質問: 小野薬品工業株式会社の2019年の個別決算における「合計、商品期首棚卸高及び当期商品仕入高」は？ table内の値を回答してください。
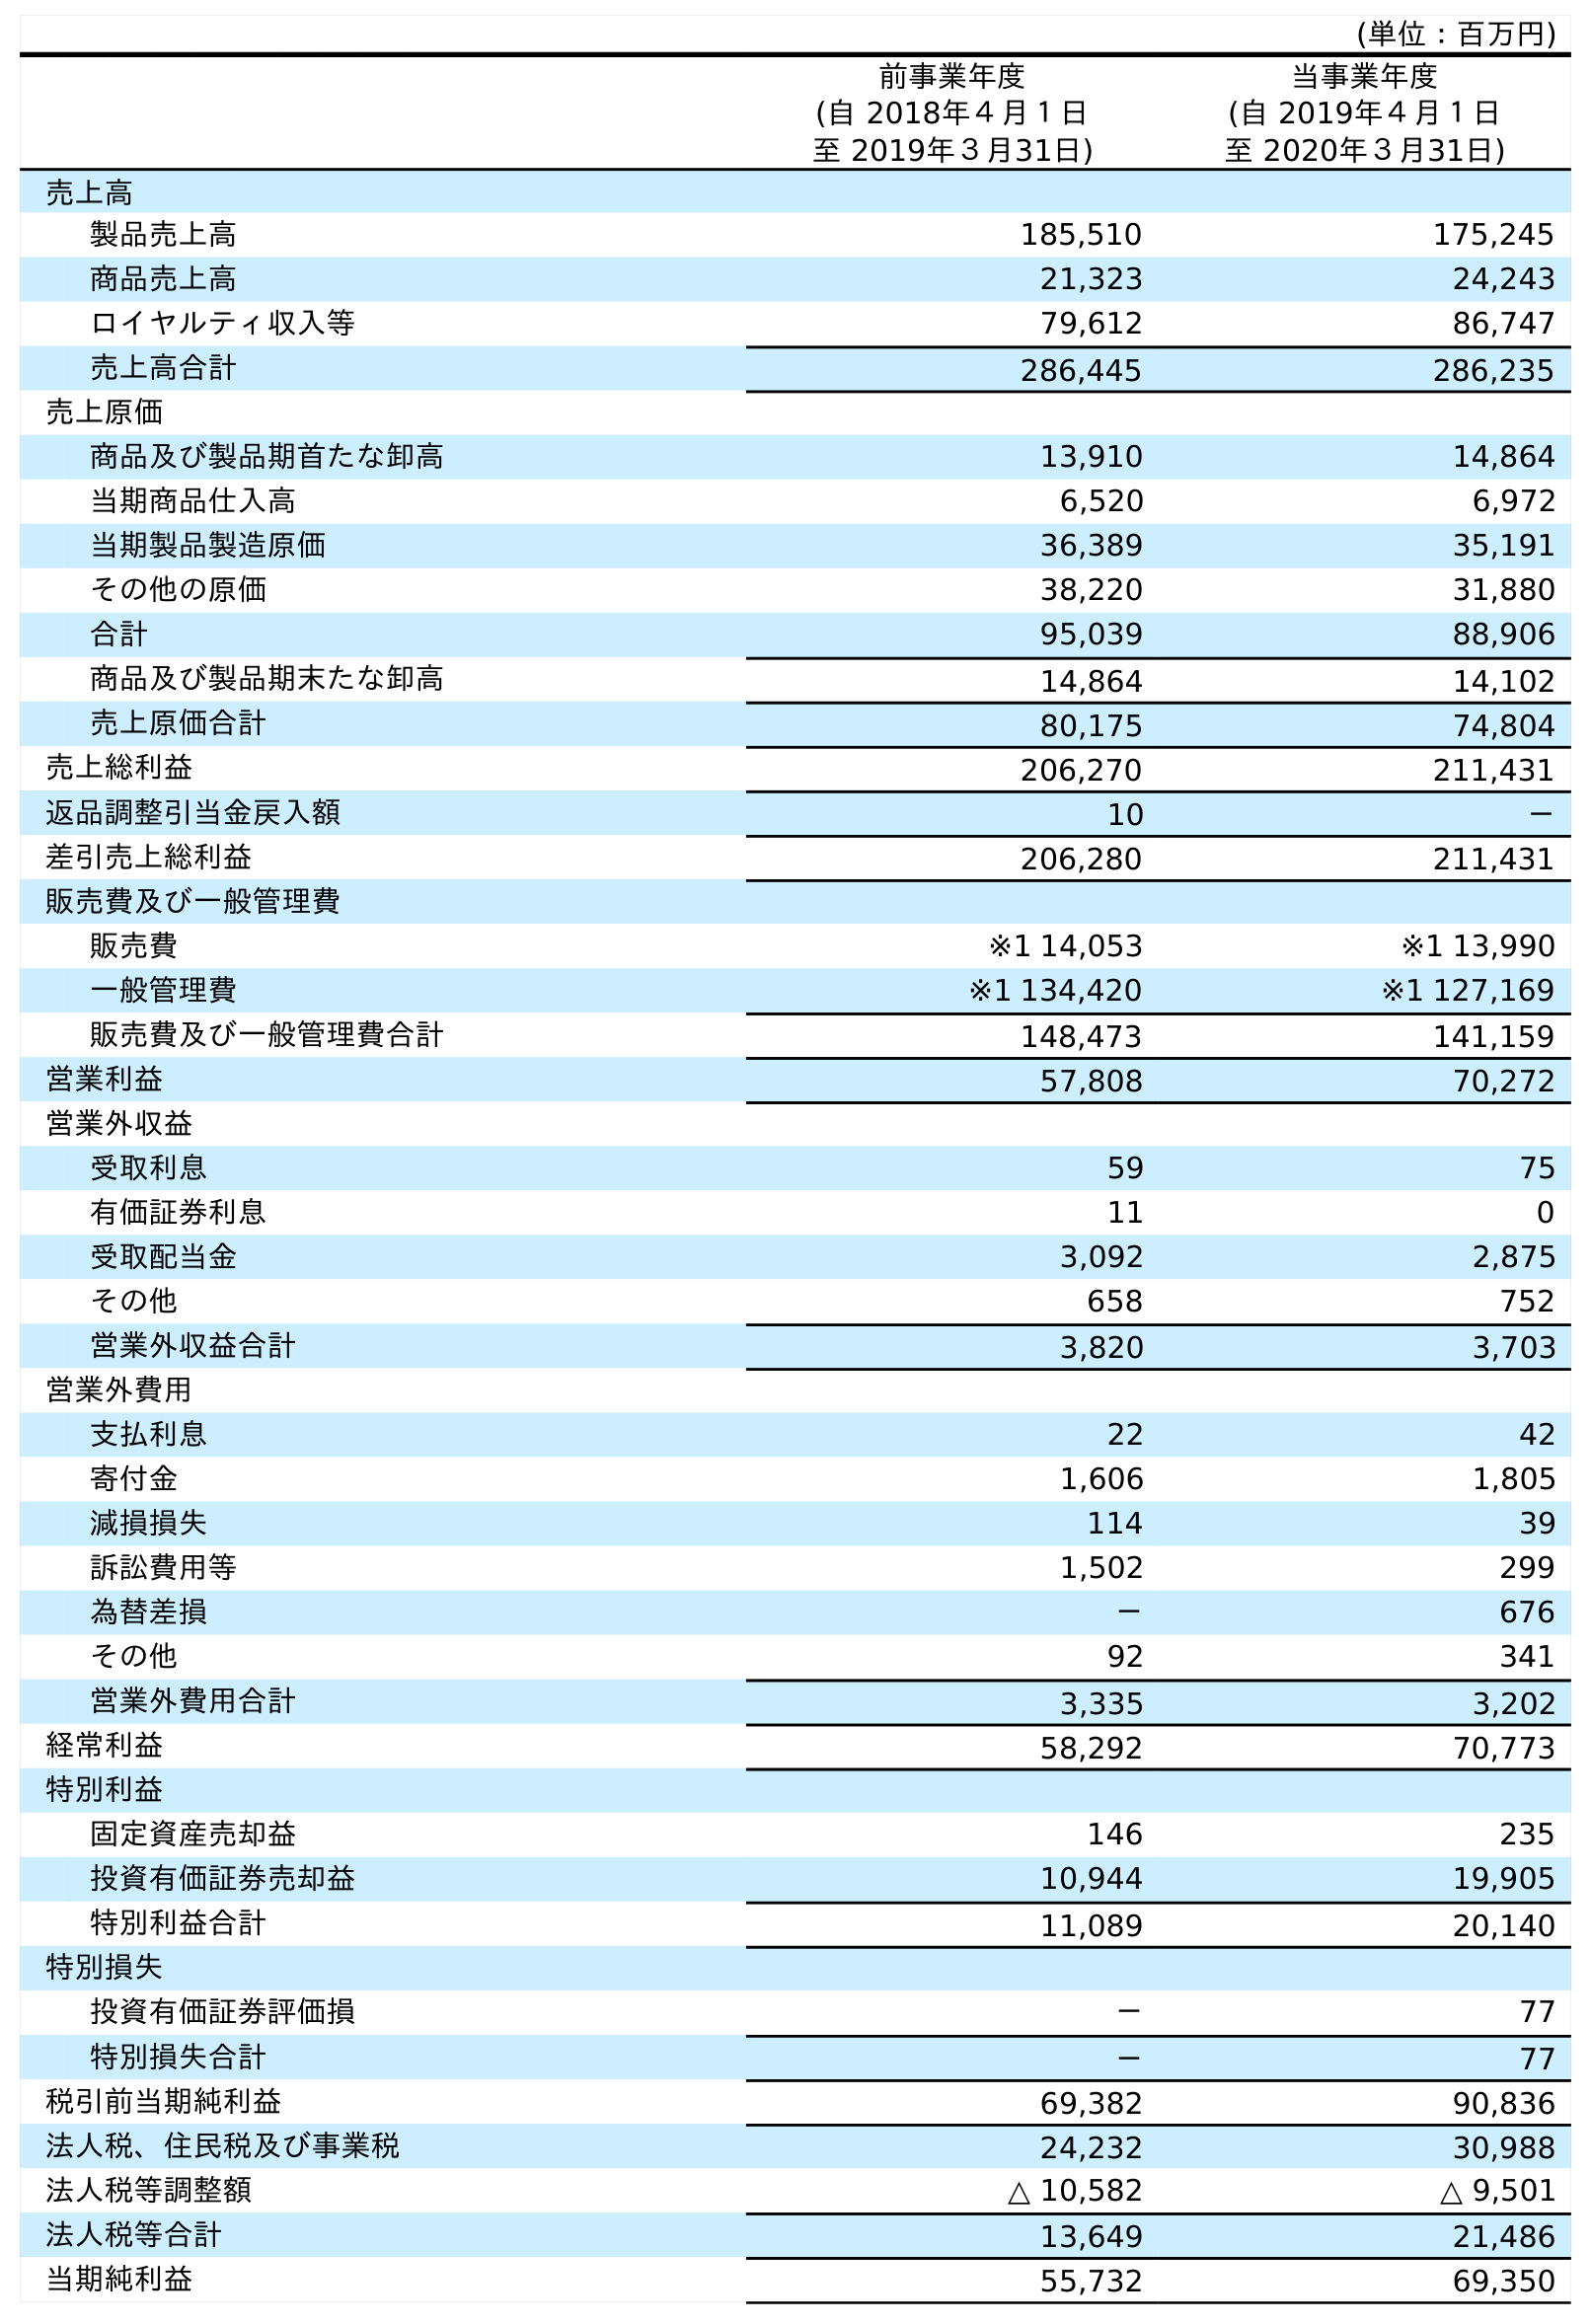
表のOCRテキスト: (単位：百万円) 前事業年度 (自 2018年４月１日 至 2019年３月31日) 当事業年度 (自 2019年４月１日 至 2020年３月31日) 売上高 製品売上高 185,510 175,245 商品売上高 21,323 24,243 ロイヤルティ収入等 79,612 86,747 売上高合計 286,445 286,235 売上原価 商品及び製品期首たな卸高 13,910 14,864 当期商品仕入高 6,520 6,972 当期製品製造原価 36,389 35,191 その他の原価 38,220 31,880 合計 95,039 88,906 商品及び製品期末たな卸高 14,864 14,102 売上原価合計 80,175 74,804 売上総利益 206,270 211,431 返品調整引当金戻入額 10 － 差引売上総利益 206,280 211,431 販売費及び一般管理費 販売費 ※1 14,053 ※1 13,990 一般管理費 ※1 134,420 ※1 127,169 販売費及び一般管理費合計 148,473 141,159 営業利益 57,808 70,272 営業外収益 受取利息 59 75 有価証券利息 11 0 受取配当金 3,092 2,875 その他 658 752 営業外収益合計 3,820 3,703 営業外費用 支払利息 22 42 寄付金 1,606 1,805 減損損失 114 39 訴訟費用等 1,502 299 為替差損 － 676 その他 92 341 営業外費用合計 3,335 3,202 経常利益 58,292 70,773 特別利益 固定資産売却益 146 235 投資有価証券売却益 10,944 19,905 特別利益合計 11,089 20,140 特別損失 投資有価証券評価損 － 77 特別損失合計 － 77 税引前当期純利益 69,382 90,836 法人税、住民税及び事業税 24,232 30,988 法人税等調整額 △ 10,582 △ 9,501 法人税等合計 13,649 21,486 当期純利益 55,732 69,350
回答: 95,039